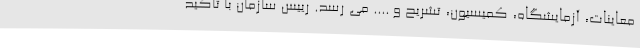
معاینات، آزمایشگاه، کمیسیون، تشریح و .... می رسد. رییس سازمان با تأکید